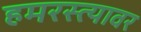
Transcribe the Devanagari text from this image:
हमरस्त्यावर